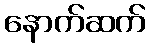
နောက်ဆက်